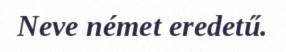
Neve német eredetű.